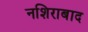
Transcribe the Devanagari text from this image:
नशिराबाद